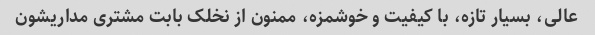
عالی، بسیار تازه، با کیفیت و خوشمزه، ممنون از نخلک بابت مشتری مداریشون